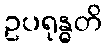
ဥပရုန္ဓတိ